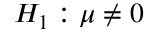
H _ { 1 } : \mu \neq 0